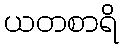
ယတစာရိ